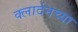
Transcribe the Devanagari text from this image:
क्लार्दनच्या